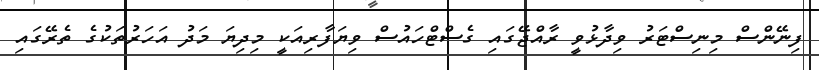
ފިނޭންސް މިނިސްޓަރު ވިދާޅުވީ ރާއްޖޭގައި ގެސްޓްހައުސް ވިޔަފާރިއަކީ މިދިޔަ މަދު އަހަރުތަކުގެ ތެރޭގައި